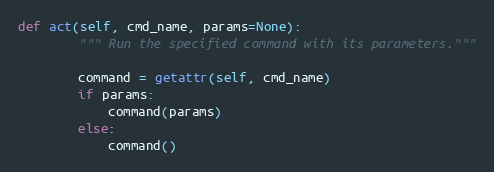
Language: Python
def act(self, cmd_name, params=None):
        """ Run the specified command with its parameters."""

        command = getattr(self, cmd_name)
        if params:
            command(params)
        else:
            command()